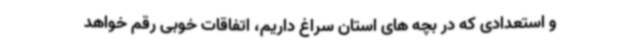
و استعدادی که در بچه های استان سراغ داریم، اتفاقات خوبی رقم خواهد